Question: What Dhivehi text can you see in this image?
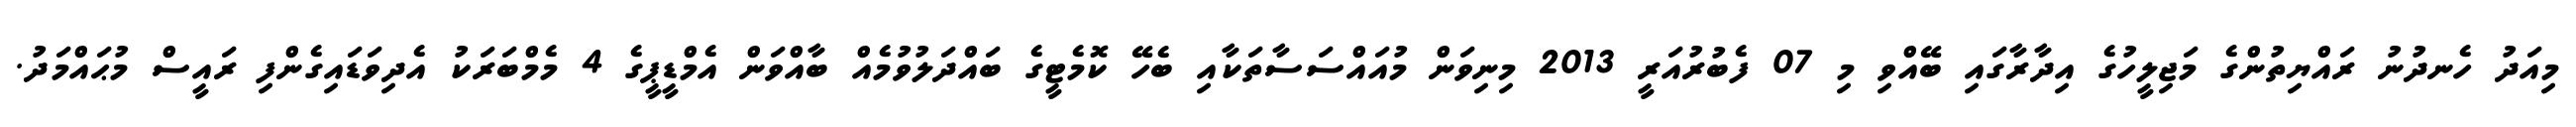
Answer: މިއަދު ހެނދުނު ރައްޔިތުންގެ މަޖިލީހުގެ އިދާރާގައި ބޭއްވި މި 07 ފެބުރުއަރީ 2013 މިނިވަން މުއައްސަސާތަކާއި ބެހޭ ކޮމެޓީގެ ބައްދަލުވުމެއް ބާއްވަން އެމްޑީޕީގެ 4 މެމްބަރަކު އެދިވަޑައިގެންފި ރައީސް މުޙައްމަދު.